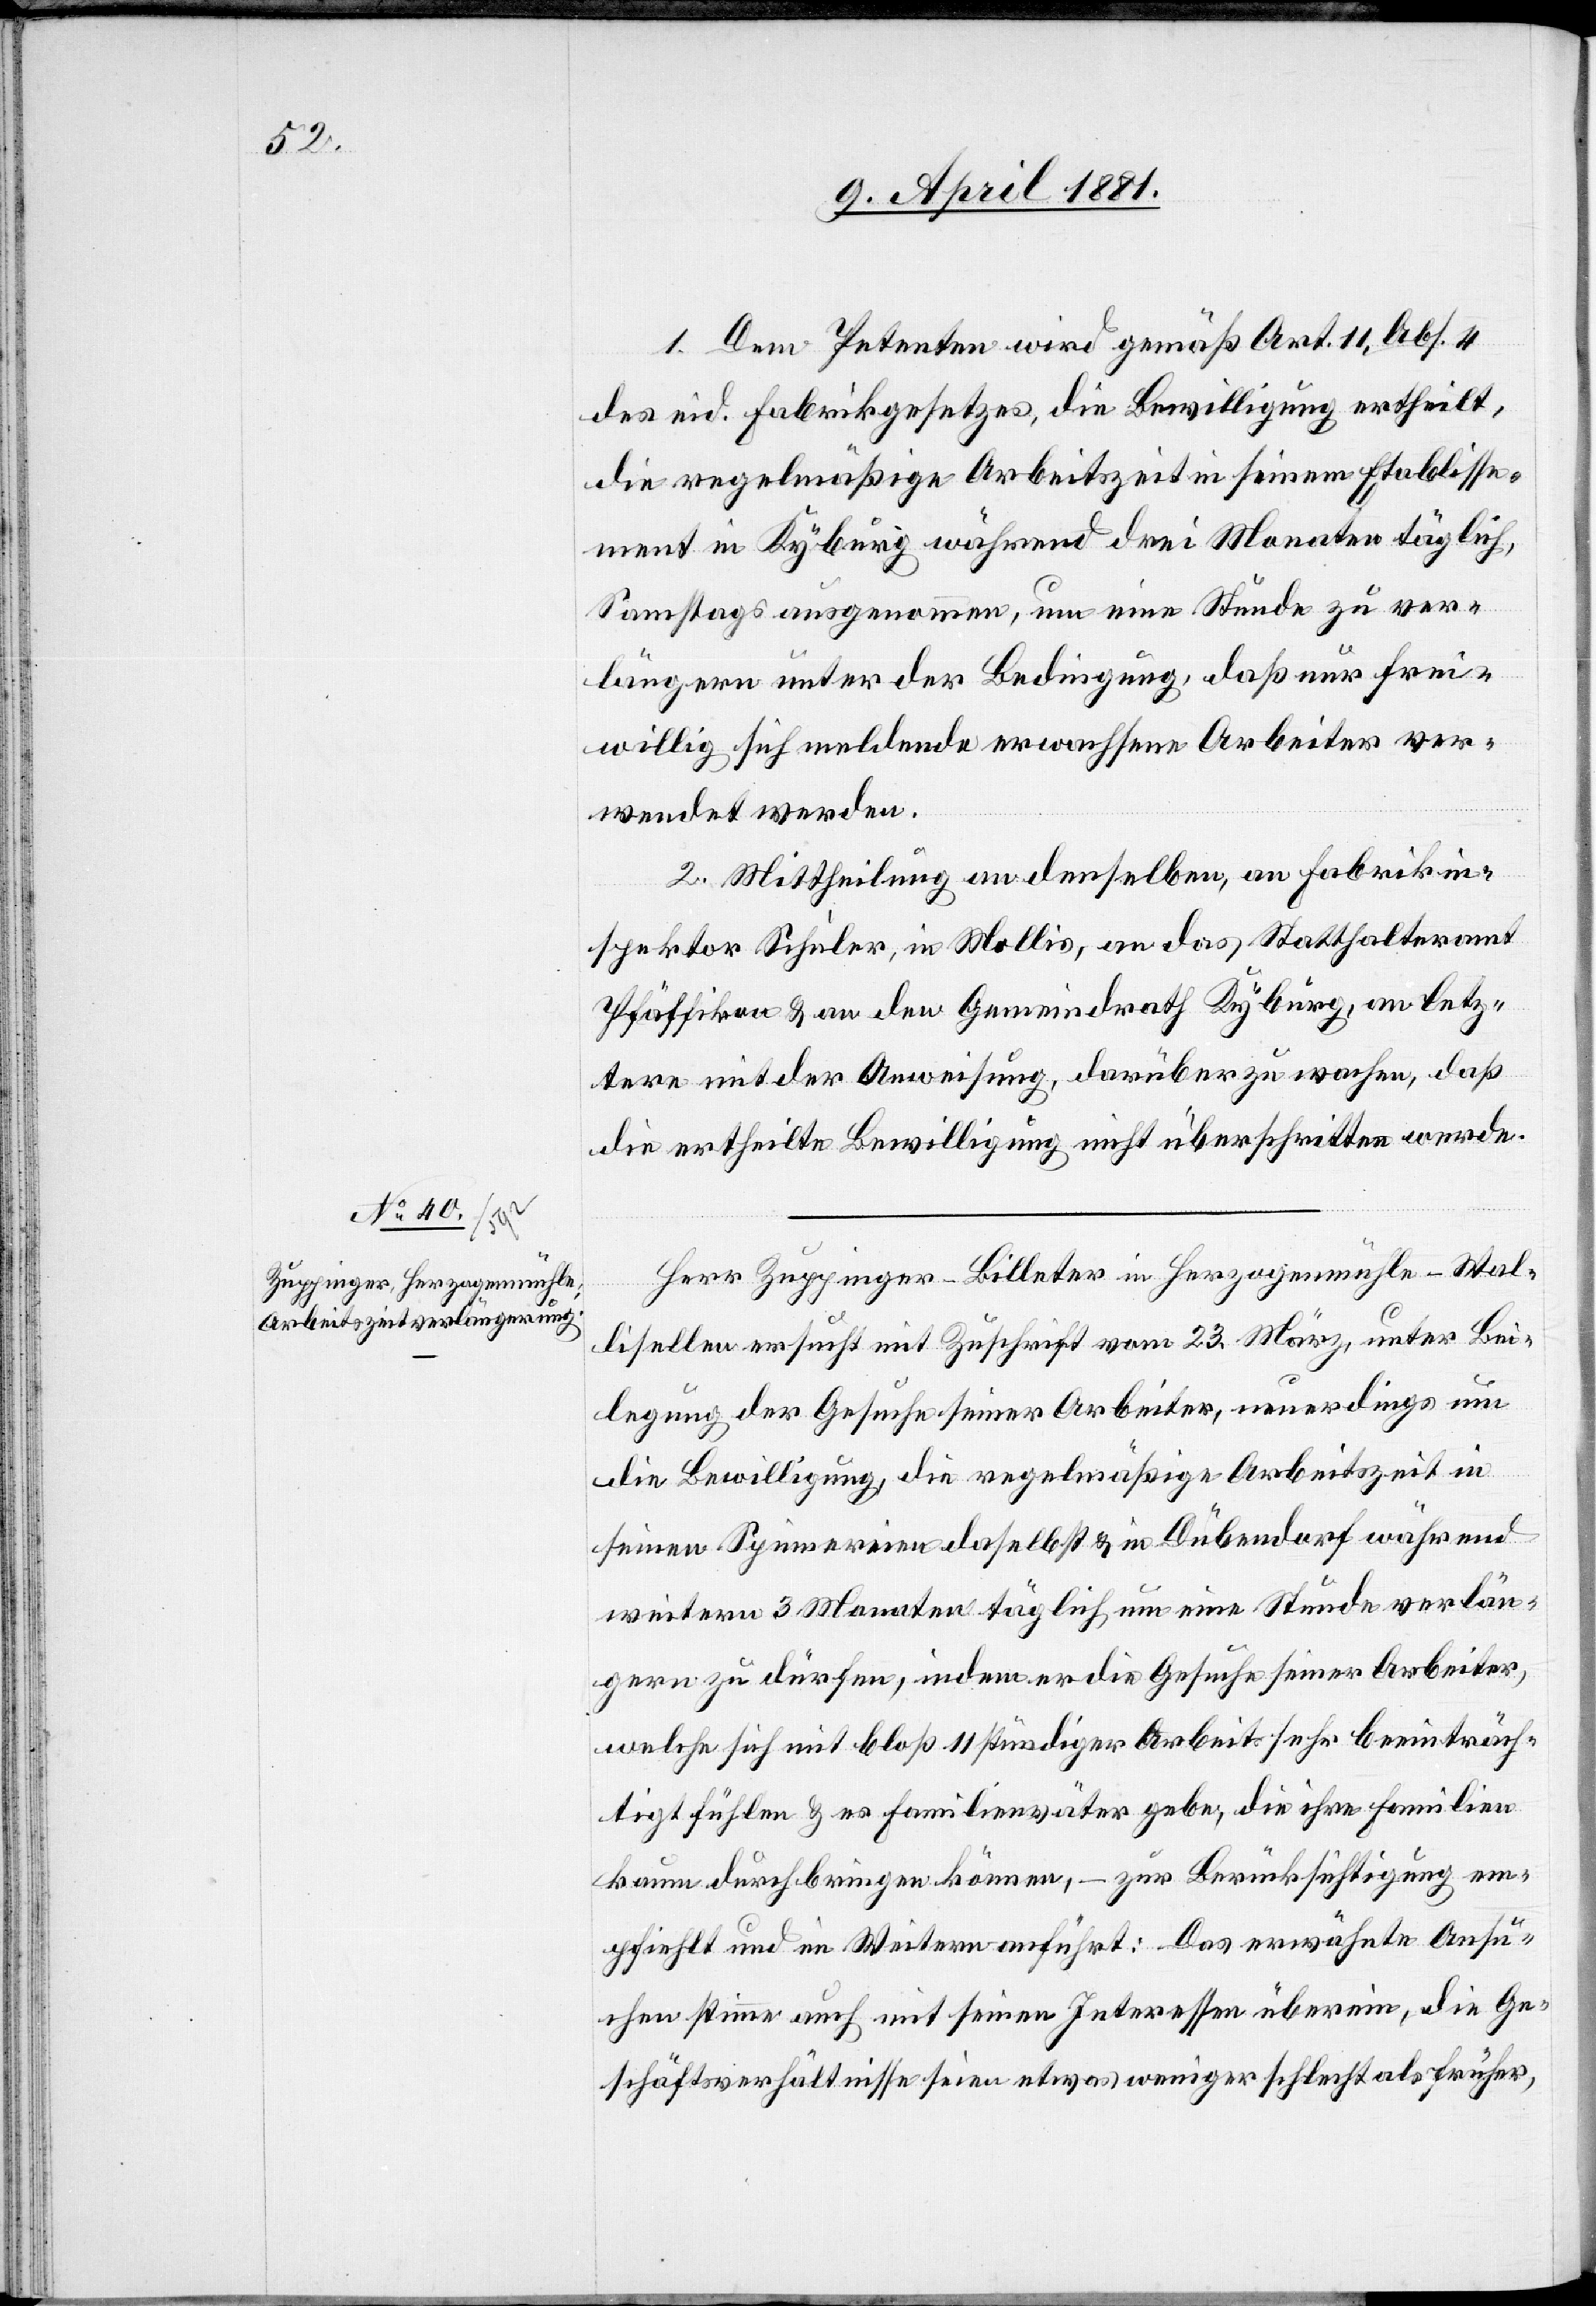
1. Dem Petenten wird gemäß Art. 11, Abs. 4
des eid. Fabrikgesetzes, die Bewilligung ertheilt,
die regelmäßige Arbeitszeit in seinem Etablisse¬
ment in Kyburg während drei Monaten täglich,
Samstags ausgenommen, um eine Stunde zu ver¬
längern unter der Bedingung, daß nur frei¬
willig sich meldende erwachsene Arbeiter ver¬
wendet werden.
2. Mittheilung an denselben, an Fabrikin¬
spektor Schuler, in Mollis, an das Statthalteramt
Pfäffikon & an den Gemeindrath Kyburg, an letz¬
tere mit der Anweisung, darüber zu wachen, daß
die ertheilte Bewilligung nicht überschritten werde.
Herr Zuppinger-Billeter in Herzogenmühle - Wal¬
lisellen ersucht mit Zuschrift vom 23. März, unter Bei¬
legung der Gesuche seiner Arbeiter, neuerdings um
die Bewilligung die regelmäßige Arbeitszeit in
seinen Spinnereien daselbst & in Dübendorf während
weitern 3 Monaten täglich um eine Stunde verlän¬
gern zu dürfen, indem er die Gesuche seiner Arbeiter,
welche sich mit bloß 11 stündiger Arbeit sehr beeinträch¬
tigt fühlen & es Familienväter gebe, die ihre Familien
kaum durch bringen können, – zur Berücksichtigung em¬
pfiehlt und im Weitern anführt: Das erwähnte Ansu¬
chen stimme auch mit seinen Interessen überein, die Ge¬
schäftsverhältnisse seien etwas weniger schlecht als früher,